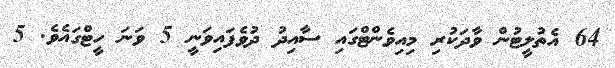
64 އެތުލީޓުން ވާދަކުރި މިއިވެންޓްގައި ސާއިދު ދުވެފައިވަނީ 5 ވަނަ ހީޓްގައެވެ. 5